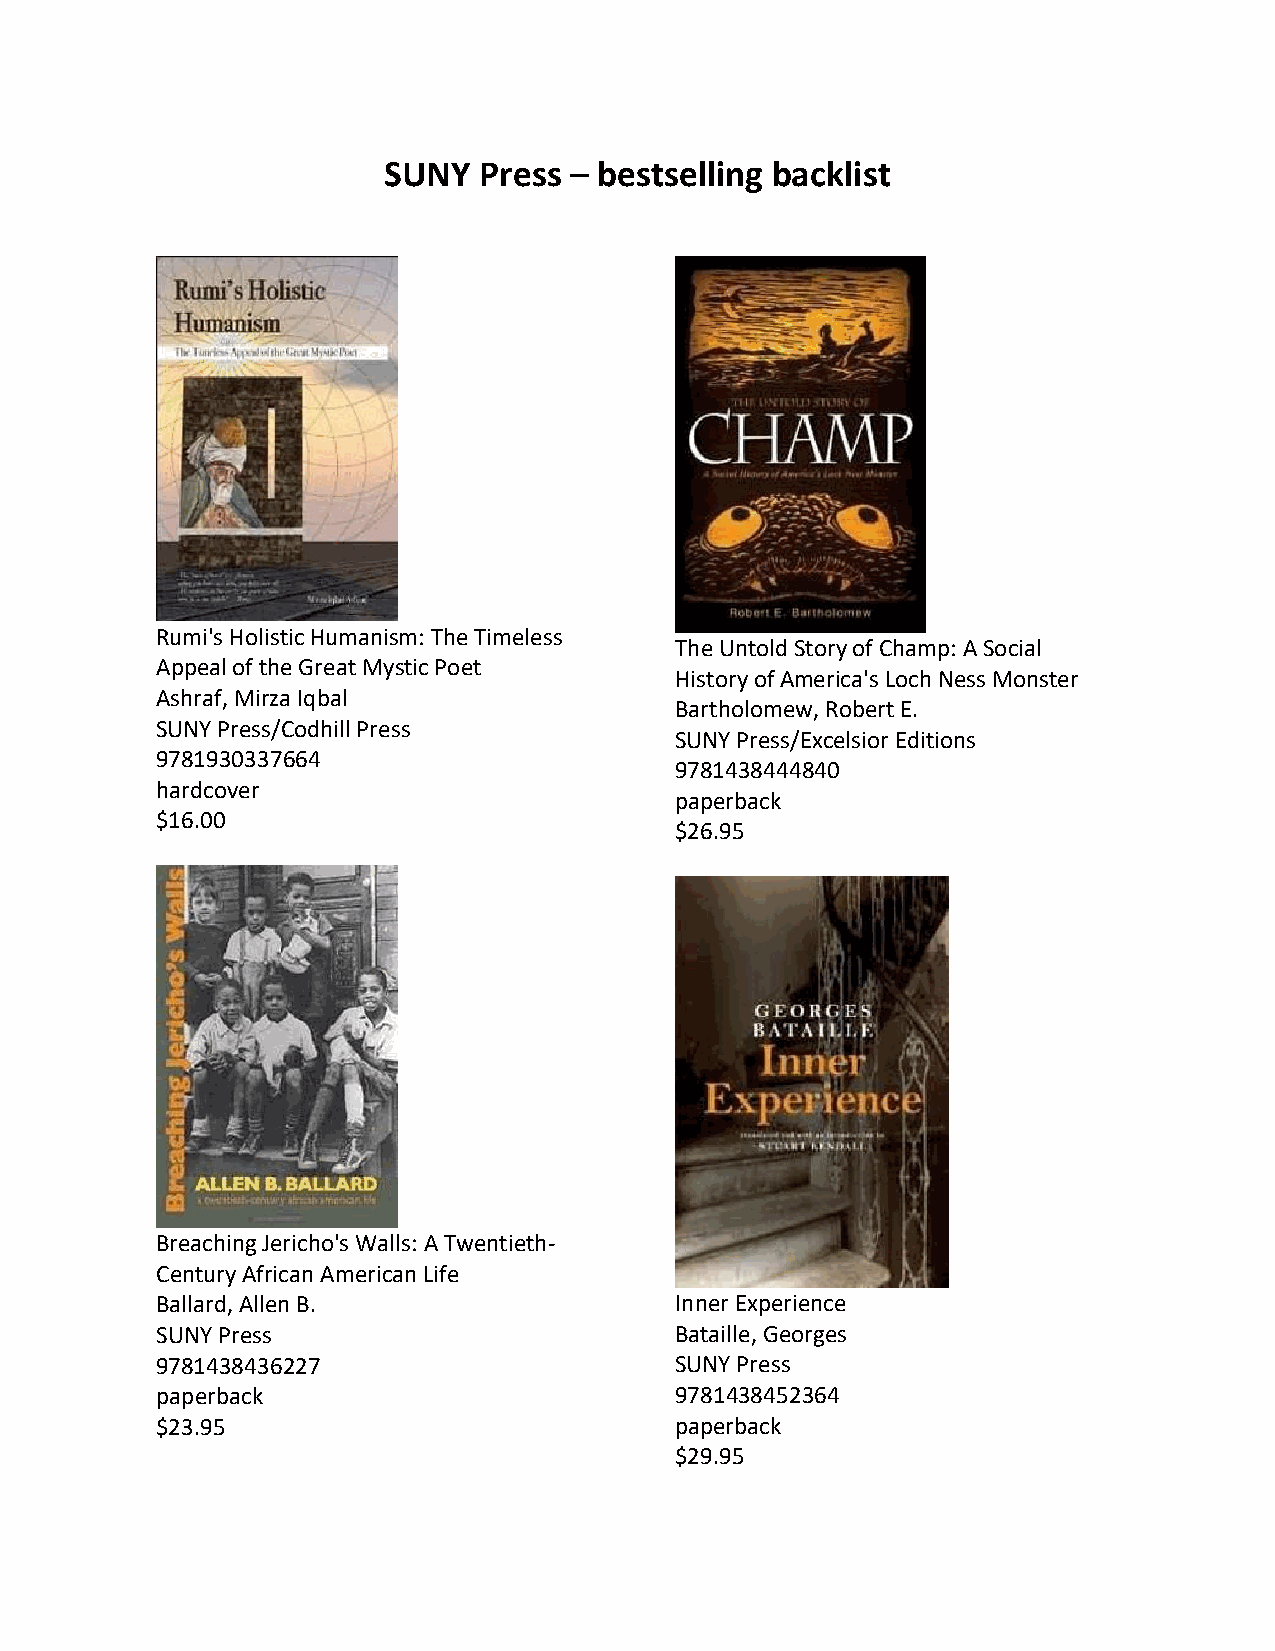
SUNY   Press – bestselling backlist
 Rumi's Holistic Humanism: The Timeless
 The Untold Story of Champ: A Social
 Appeal of the Great Mystic Poet
 History of America's Loch Ness Monster
 Ashraf, Mirza Iqbal
 Bartholomew, Robert E.
 SUNY Press/Codhill Press
 SUNY Press/Excelsior Editions
 9781930337664
 9781438444840
 hardcover
 paperback
 $16.00
 $26.95
 Breaching Jericho's Walls: A Twentieth-
 Century African American Life
 Ballard, Allen B.                  Inner Experience
 SUNY Press                         Bataille, Georges
 9781438436227                      SUNY Press
 paperback                          9781438452364
 $23.95                             paperback
 $29.95